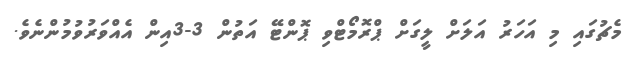
މެޗުގައި މި އަހަރު އަލަށް ލީގަށް ޕްރޮމޯޓްވި ޕޮންޓޭ އަތުން 3-3އިން އެއްވަރުވުމުންނެވެ.